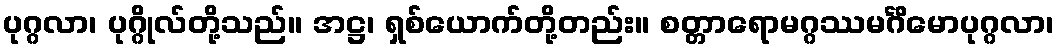
ပုဂ္ဂလာ၊ ပုဂ္ဂိုလ်တို့သည်။ အဋ္ဌ၊ ရှစ်ယောက်တို့တည်း။ စတ္တာရောမဂ္ဂဿမင်္ဂိမောပုဂ္ဂလာ၊